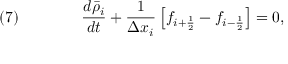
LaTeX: \quad ( 7 ) \qquad \qquad { \frac { d { \bar { \rho } } _ { i } } { d t } } + { \frac { 1 } { \Delta x _ { i } } } \left[ f _ { i + { \frac { 1 } { 2 } } } - f _ { i - { \frac { 1 } { 2 } } } \right] = 0 ,